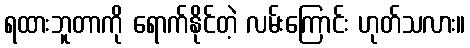
ရထားဘူတာကို ရောက်နိုင်တဲ့ လမ်းကြောင်း ဟုတ်သလား။